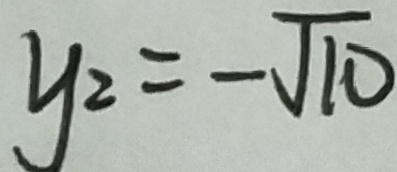
y _ { 2 } = - \sqrt { 1 0 }